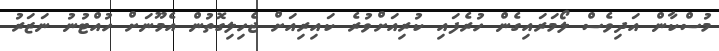
މުސްކާން އަދިވެސް ލޯމަރައިގެން ހުރެފައި ކުރިއަށްވުރެ ކައިރިއަށް ޖެހިލިގޮތުން އެމޫނަށް ހުއްޓުނު ނަޒަރު